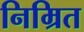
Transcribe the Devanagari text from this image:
निम्रित